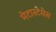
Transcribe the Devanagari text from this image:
मेटास्टेसेस